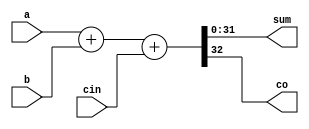
module rca_nb(
    input signed [n-1:0] a,
    input signed [n-1:0] b,
    input [n-1:0] cin,
    output reg signed [n-1:0] sum,
    output reg co
    );
	
    parameter n = 32;
    
    always @(a,b,cin)
    begin
       {co,sum} = a + b + cin;    
    end
    
endmodule